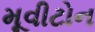
મૂવીટોન